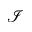
\mathcal { I }